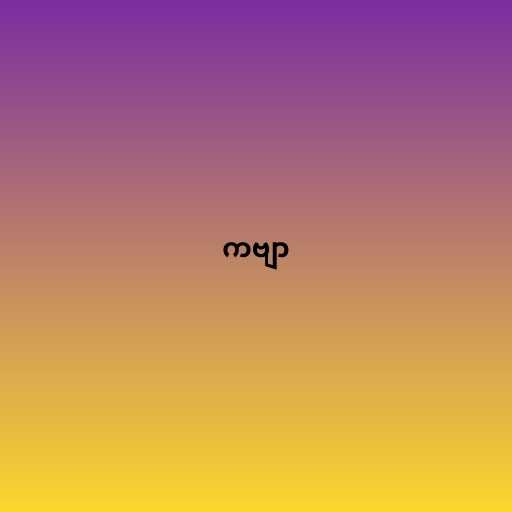
ကဗျာ